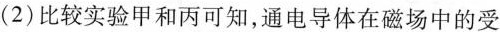
(2)比较实验甲和丙可知，通电导体在磁场中的受